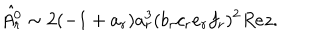
\hat { A _ { r } ^ { 0 } } \sim 2 ( - 1 + a _ { r } ) a _ { r } ^ { 3 } ( b _ { r } c _ { r } e _ { r } f _ { r } ) ^ { 2 } R e z .